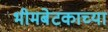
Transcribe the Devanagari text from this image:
भीमबेटकाच्या